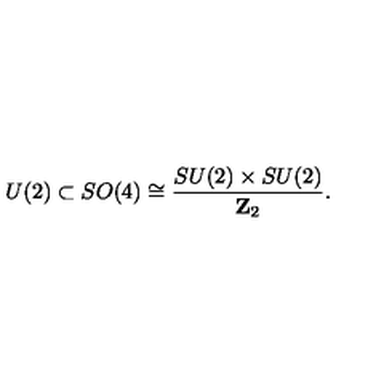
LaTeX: U ( 2 ) \subset S O ( 4 ) \cong { \frac { S U ( 2 ) \times S U ( 2 ) } { { \bf Z } _ { 2 } } } .